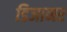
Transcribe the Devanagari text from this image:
डिजानर